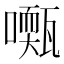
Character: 𡁓